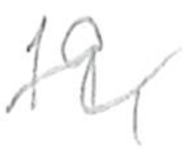
Text: 19,
Cross-out: wave
Writing tool: pencil